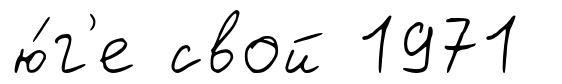
ю́г'е свой 1971